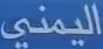
اليمني